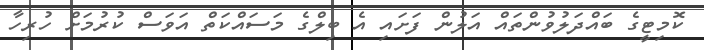
ކޮމިޓީގެ ބައްދަލުވުންތައް އަލުން ފަށައި އެ ބިލްގެ މަސައްކަތް އަަވަސް ކުރުމަށް ހުރިހާ